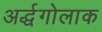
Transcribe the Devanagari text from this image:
अर्द्धगोलाक